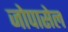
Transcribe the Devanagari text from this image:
जोपासेल